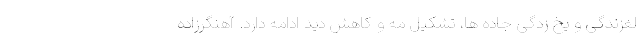
لغزندگی و یخ زدگی جاده ها، تشکیل مه و کاهش دید ادامه دارد. آهنگرزاده